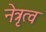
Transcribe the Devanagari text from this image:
नेत्रृत्व